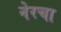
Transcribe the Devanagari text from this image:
नेरचा